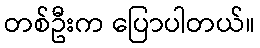
တစ်ဦးက ပြောပါတယ်။